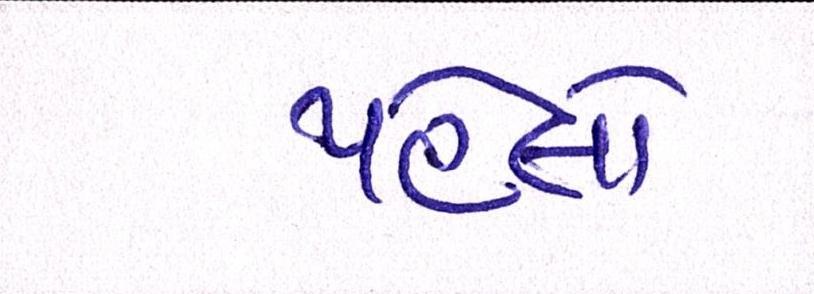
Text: પહેલો